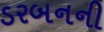
ડરબનની